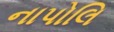
નાપોલિ